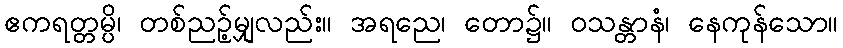
ဧကရတ္တမ္ပိ၊ တစ်ညဉ့်မျှလည်း။ အရညေ၊ တော၌။ ဝသန္တာနံ၊ နေကုန်သော။